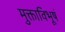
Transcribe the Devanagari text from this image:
मुक्ताविभूषं